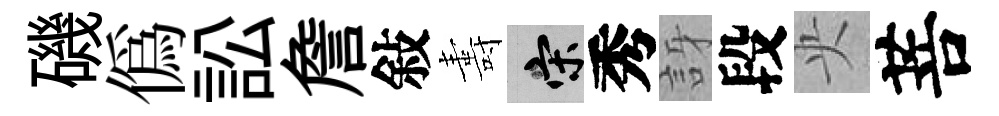
磯偽訟詹敍夀宋秀訝段央菩